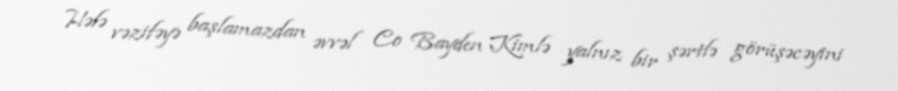
Hələ vəzifəyə başlamazdan əvvəl Co Bayden Kimlə yalnız bir şərtlə görüşəcəyini